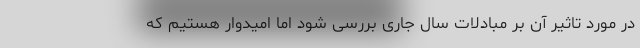
در مورد تاثیر آن بر مبادلات سال جاری بررسی شود اما امیدوار هستیم که